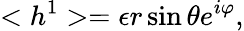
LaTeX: <h^{1}>=\epsilon r\sin\theta e^{i\varphi},